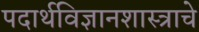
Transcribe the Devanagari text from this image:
पदार्थविज्ञानशास्त्राचे